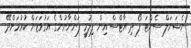
ނެޝަނަލް ސެންޓަ ފޯ ދި އާޓްސް އިން ފިލުމީ ފަންނާނުންގެ އަގުވަޒަން ކުރުމަށްދޭ